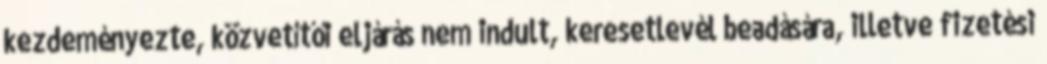
kezdeményezte, közvetítői eljárás nem indult, keresetlevél beadására, illetve fizetési